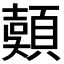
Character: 𩔄